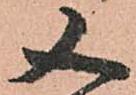
又